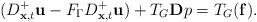
LaTeX: \begin{align*}(D_{{\bf x},t}^+{\bf u} - F_{\Gamma} D_{{\bf x},t}^+ {\bf u}) + T_G {\bf D} p = T_G ({\bf f}).\end{align*}